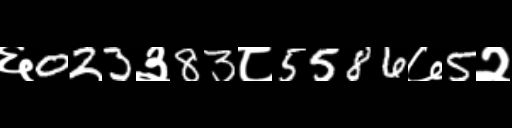
Text: ६023३83८5586७5२